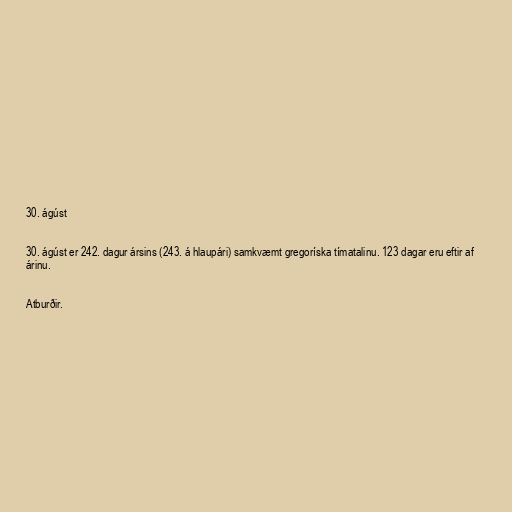
30. ágúst

30. ágúst er 242. dagur ársins (243. á hlaupári) samkvæmt gregoríska tímatalinu. 123 dagar eru eftir af
árinu.

Atburðir.